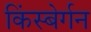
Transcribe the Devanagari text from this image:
किंस्बेर्गन